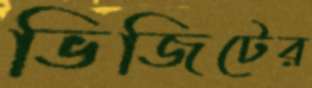
ভিজিটের